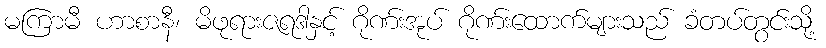
မကြာမီ ဟာစာနီ၊ မိဖုရားဇရဒါနှင့် ဂိုဏ်းအုပ် ဂိုဏ်းထောက်များသည် ခံတပ်တွင်းသို့